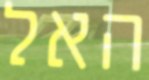
האל